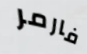
فارمر